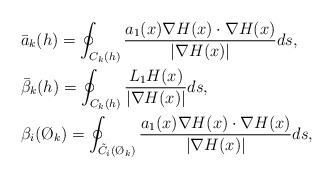
LaTeX: \begin{align*}& \bar{a}_k(h) = \oint_{C_k(h)} \frac{a_1(x) \nabla H(x) \cdot \nabla H(x)}{|\nabla H(x)|}ds,\\ & \bar{\beta}_k(h) = \oint_{C_k(h)} \frac{L_1H(x)}{|\nabla H(x)|} ds,\\ & \beta_i(\O_k) = \oint_{\tilde{C}_i(\O_k)} \frac{a_1(x) \nabla H(x) \cdot \nabla H(x)}{|\nabla H(x)|}ds,\end{align*}